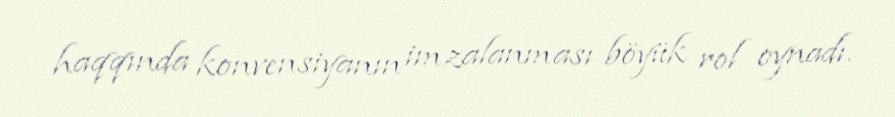
haqqında konvensiyanın imzalanması böyük rol oynadı.